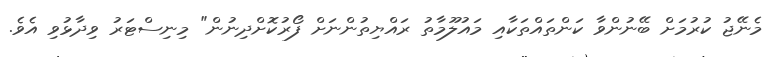
މެނޭޖު ކުރުމަށް ބޭނުންވާ ކަންތައްތަކާއި މައުލޫމާތު ރައްޔިތުންނަށް ފޯރުކޮށްދިނުން" މިނިސްޓަރު ވިދާޅުވި އެވެ.